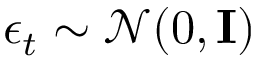
\epsilon _ { t } \sim \mathcal { N } ( 0 , \bf { I } )